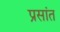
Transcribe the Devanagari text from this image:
प्रसांत